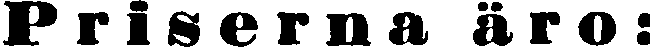
Priserna äro: